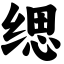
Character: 缌